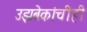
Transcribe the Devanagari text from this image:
उझबेकांचीही